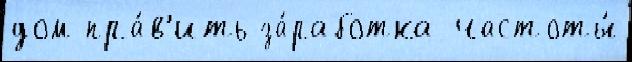
дом пра́в'ить за́работка частоты́